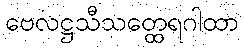
ဗေလဋ္ဌသီသတ္ထေရဂါထာ